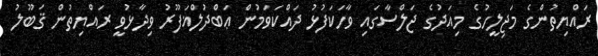
ރައްޔިތުންގެ މަޖިލީހުގެ މިއަދުގެ ޖަލްސާގައި ވާހަކަފުޅު ދައްކަވަމުން ޢަބްދުލްޣަފޫރު ވިދާޅުވީ ރައްޔިތުން ޤަބޫލު